Report of the Hyderabad Chloroform Commission
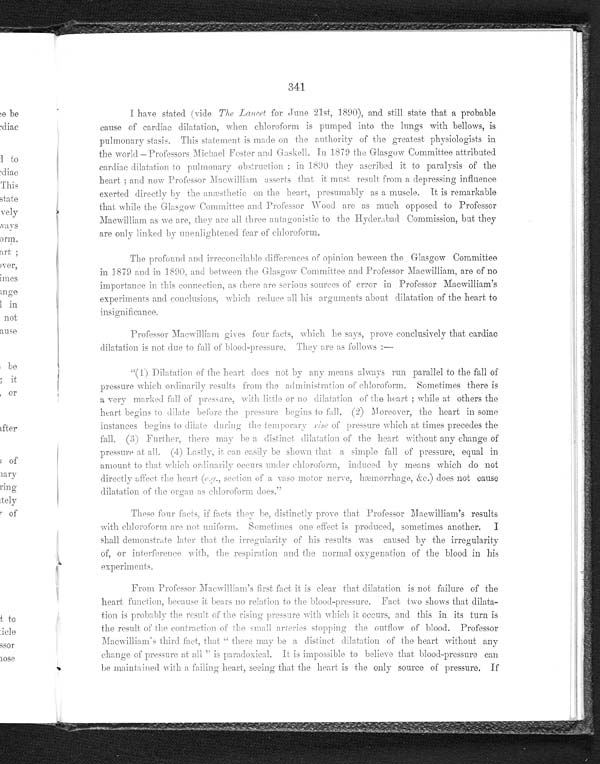
341
I have stated (vide The Lancet for June 21st, 1890), and still state that a probable
cause of cardiac dilatation, when chloroform is pumped into the lungs with bellows, is
pulmonary stasis. This statement is made on the authority of the greatest physiologists in
the world—Professors Michael Foster and Gaskell. In 1879 the Glasgow Committee attributed
cardiac dilatation to pulmonary obstruction; in 1890 they ascribed it to paralysis of the
heart; and now Professor Macwilliam asserts that it must result from a depressing influence
exerted directly by the anæsthetic on the heart, presumably as a muscle. It is remarkable
that while the Glasgow Committee and Professor Wood are as much opposed to Professor
Macwilliam as we are, they are all three antagonistic to the Hyderabad Commission, but they
are only linked by unenlightened fear of chloroform.
The profound and irreconcilable differences of opinion beween the Glasgow Committee
in 1879 and in 1890, and between the Glasgow Committee and Professor Macwilliam, are of no
importance in this connection, as there are serious sources of error in Professor Macwilliam's
experiments and conclusions, which reduce all his arguments about dilatation of the heart to
insignificance.
Professor Macwilliam gives four facts, which he says, prove conclusively that cardiac
dilatation is not due to fall of blood-pressure. They are as follows:—
"(1) Dilatation of the heart does not by any means always run parallel to the fall of
pressure which ordinarily results from the administration of chloroform. Sometimes there is
a very marked fall of pressure, with little or no dilatation of the heart; while at others the
heart begins to dilate before the pressure begins to fall. (2) Moreover, the heart in some
instances begins to dilate during the temporary rise of pressure which at times precedes the
fall. (3) Further, there may be a distinct dilatation of the heart without any change of
pressure at all. (4) Lastly, it can easily be shown that a simple fall of pressure, equal in
amount to that which ordinarily occurs under chloroform, induced by means which do not
directly affect the heart (e.g., section of a vaso motor nerve, hæmorrhage, &c.) does not cause
dilatation of the organ as chloroform does."
These four facts, if facts they be, distinctly prove that Professor Macwilliam's results
with chloroform are not uniform. Sometimes one effect is produced, sometimes another. I
shall demonstrate later that the irregularity of his results was caused by the irregularity
of, or interference with, the respiration and the normal oxygenation of the blood in his
experiments.
From Professor Macwilliam's first fact it is clear that dilatation is not failure of the
heart function, because it bears no relation to the blood-pressure. Fact two shows that dilata
-tion is probably the result of the rising pressure with which it occurs, and this in its turn is
the result of the contraction of the small arteries stopping the outflow of blood. Professor
Macwilliam's third fact, that "there may be a distinct dilatation of the heart without any
change of pressure at all" is paradoxical. It is impossible to believe that blood-pressure can
be maintained with a failing heart, seeing that the heart is the only source of pressure. If